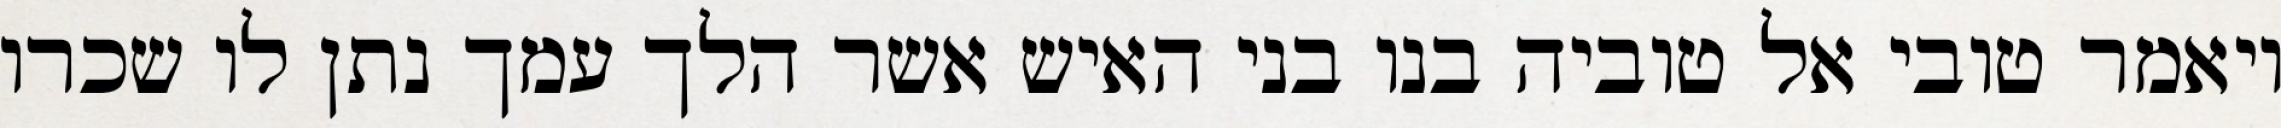
ויאמר טובי אל טוביה בנו בני האיש אשר הלך עמך נתן לו שכרו